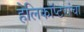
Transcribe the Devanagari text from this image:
हेलिकॉप्टरांचा